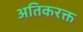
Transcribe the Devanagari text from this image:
अतिकरक्त